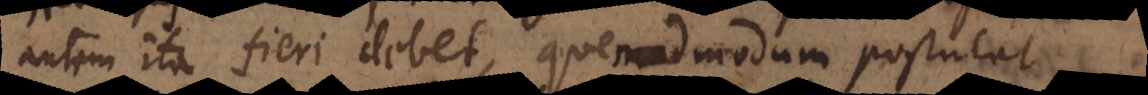
autem ita fieri debet, quemadmodum postulat